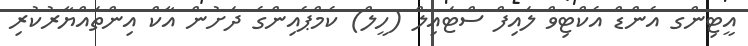
އީޓިންގ އެންޑް އެކްޓިވް ލައިފް ސްޓައިލް (ހީލް) ކެމްޕެއިންގެ ދަށުން އާކް އިންތައްޔާރުކުރި